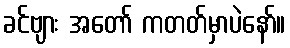
ခင်ဗျား အတော် ကတတ်မှာပဲနော်။